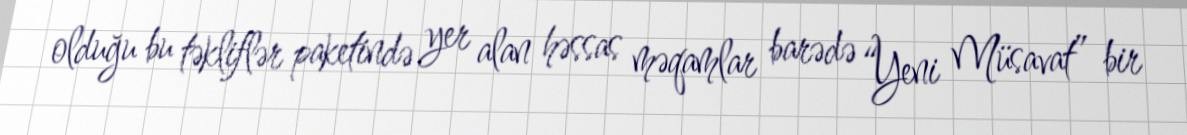
olduğu bu təkliflər paketində yer alan həssas məqamlar barədə “Yeni Müsavat” bir